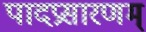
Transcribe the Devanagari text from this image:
पादप्रसारणम्